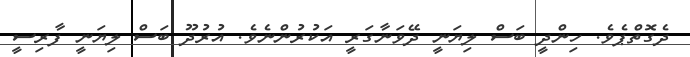
ދެގޮތްޕެވެ. ހިންދީ ބަސް ލިޔަނީ ދޭވަނާގަރީ އަކުރުންނެވެ. އުރުދޫ ބަސް ލިޔަނީ ފާރިސީ